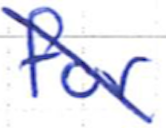
Text: for
Cross-out: diagonal
Writing tool: ballpoint